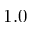
1 . 0